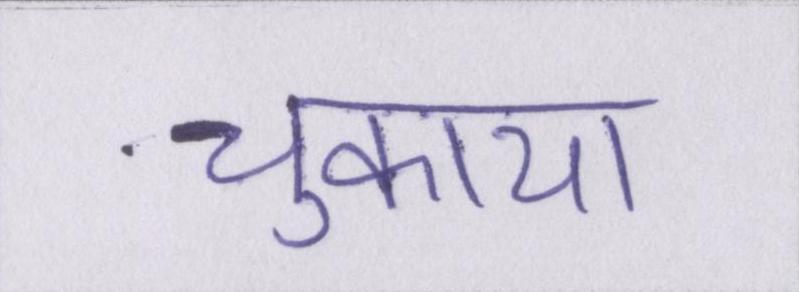
चुकाया